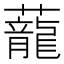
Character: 蘢